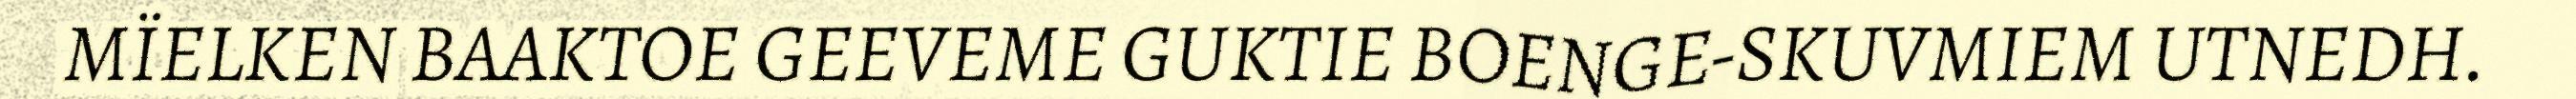
MÏELKEN BAAKTOE GEEVEME GUKTIE BOENGE-SKUVMIEM UTNEDH.